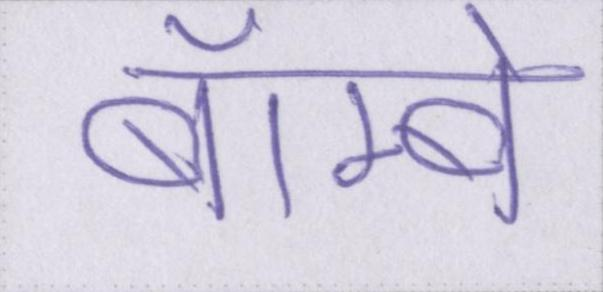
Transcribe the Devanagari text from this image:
बॅाम्बे